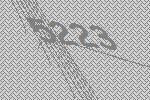
5223